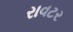
રાવટર